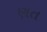
ણત